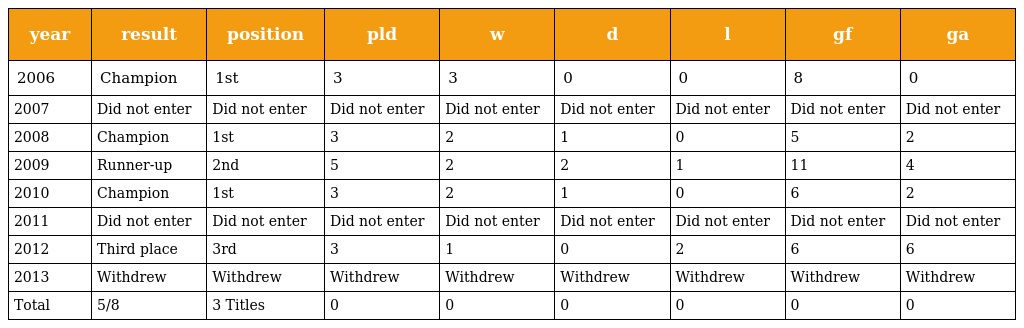
| year | result | position | pld | w | d | l | gf | ga |
 | --- | --- | --- | --- | --- | --- | --- | --- | --- |
 | 2006 | Champion | 1st | 3 | 3 | 0 | 0 | 8 | 0 |
 | 2007 | Did not enter | Did not enter | Did not enter | Did not enter | Did not enter | Did not enter | Did not enter | Did not enter |
 | 2008 | Champion | 1st | 3 | 2 | 1 | 0 | 5 | 2 |
 | 2009 | Runner-up | 2nd | 5 | 2 | 2 | 1 | 11 | 4 |
 | 2010 | Champion | 1st | 3 | 2 | 1 | 0 | 6 | 2 |
 | 2011 | Did not enter | Did not enter | Did not enter | Did not enter | Did not enter | Did not enter | Did not enter | Did not enter |
 | 2012 | Third place | 3rd | 3 | 1 | 0 | 2 | 6 | 6 |
 | 2013 | Withdrew | Withdrew | Withdrew | Withdrew | Withdrew | Withdrew | Withdrew | Withdrew |
 | Total | 5/8 | 3 Titles | 0 | 0 | 0 | 0 | 0 | 0 |